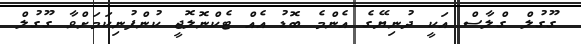
ގޫގުލް ގްލާސް އަކީ ދުނިޔޭގެ އެންމެ ބޮޑު އެއް ޓެކްނޮލޮޖީ ކުންފުނިކަމަށްވާ ގޫގުލް